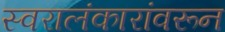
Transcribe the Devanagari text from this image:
स्वरालंकारांवरून